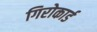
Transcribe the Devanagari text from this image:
गिरोकार्ड